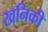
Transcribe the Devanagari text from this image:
खनिकी